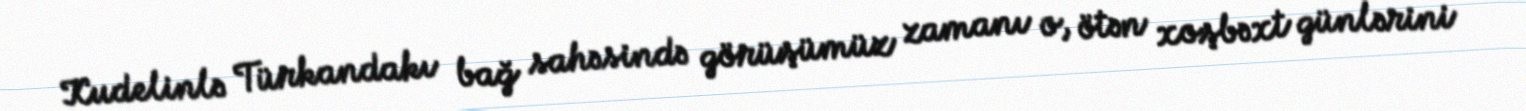
Kudelinlə Türkandakı bağ sahəsində görüşümüz zamanı o, ötən xoşbəxt günlərini